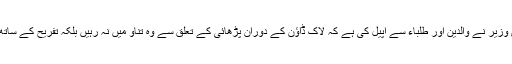
مرکزی وزیر نے والدین اور طلباء سے اپیل کی ہے کہ لاک ڈاؤن کے دوران پڑھائی کے تعلق سے وہ تناو میں نہ رہیں بلکہ تفریح کے ساتھ پڑھیں۔